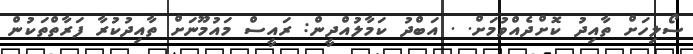
ސޯލިހަށް ތާއިދު ކޮށްދެއްވުމަށް. . އަބްދު ކަމާލުއްދީން: ރައީސް މައުމޫނަށް ތާއިދުކުރާ ފަރާތްތަކުން